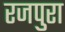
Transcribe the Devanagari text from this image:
रजपुरा